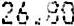
26.80